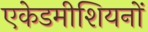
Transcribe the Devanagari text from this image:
एकेडमीशियनों